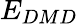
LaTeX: E_{DMD}